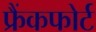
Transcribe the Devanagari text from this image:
फ्रैंकफोर्ट